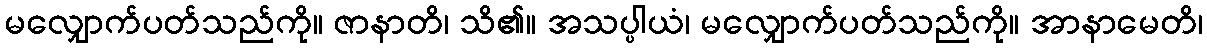
မလျှောက်ပတ်သည်ကို။ ဇာနာတိ၊ သိ၏။ အသပ္ပါယံ၊ မလျှောက်ပတ်သည်ကို။ အာနာမေတိ၊